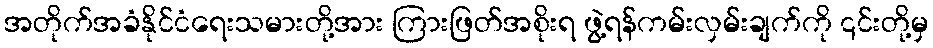
အတိုက်အခံနိုင်ငံရေးသမားတို့အား ကြားဖြတ်အစိုးရ ဖွဲ့ရန်ကမ်းလှမ်းချက်ကို ၎င်းတို့မှ